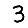
Digit: 3